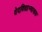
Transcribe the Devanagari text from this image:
वेदविद्याभ्यासक